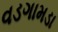
વડગામડા